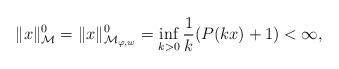
LaTeX: \begin{align*}\|x\|_\mathcal{M}^0= \|x\|^0_{\mathcal{M}_{\varphi,w}} = \inf_{k>0} \frac{1}{k}(P(kx) + 1) < \infty, \end{align*}